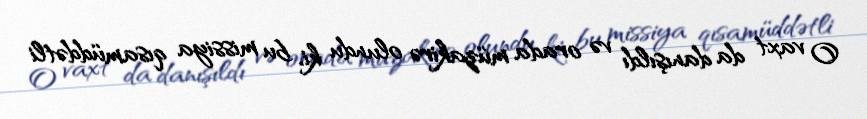
O vaxt da danışıldı və orada müzakirə olundu ki, bu missiya qısamüddətli